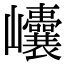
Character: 𡿝